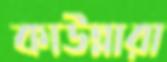
কাউন্নারা